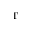
^ \mathrm { T }